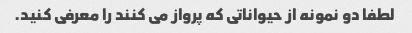
لطفا دو نمونه از حیواناتی که پرواز می کنند را معرفی کنید.